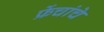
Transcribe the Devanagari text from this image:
फ्रेंचांचे